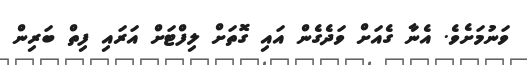
ވަނުމަށެވެ. އެނާ ގެއަށް ވަދެގެން އައި ގޮތަށް ލިފްޓަށް އަރައި ފިތް ބަރިން